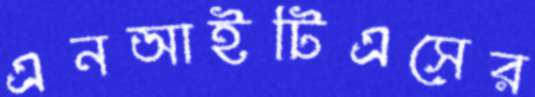
এনআইটিএসের